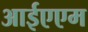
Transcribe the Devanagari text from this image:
आईएएम